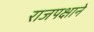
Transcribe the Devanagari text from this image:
राजपक्षाने